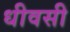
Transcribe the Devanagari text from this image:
धीवसी